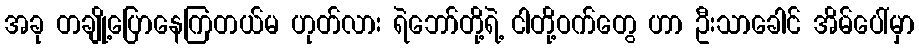
အခု တချို့ပြောနေကြတယ်မ ဟုတ်လား ရဲဘော်တို့ရဲ့ ငါတို့ဝက်တွေ ဟာ ဦးသာခေါင် အိမ်ပေါ်မှာ